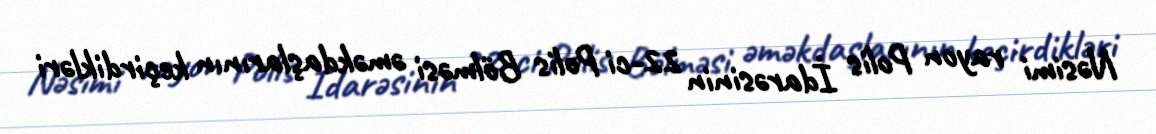
Nəsimi rayon Polis İdarəsinin 22-ci Polis Bölməsi əməkdaşlarının keçirdikləri